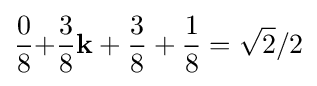
{\frac {0}{8}}\mathbf {+} {\frac {3}{8}}\mathbf {k} +{\frac {3}{8}}+{\frac {1}{8}}={\sqrt {2}}/2